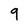
Character: 9